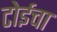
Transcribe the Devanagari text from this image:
टोईचा